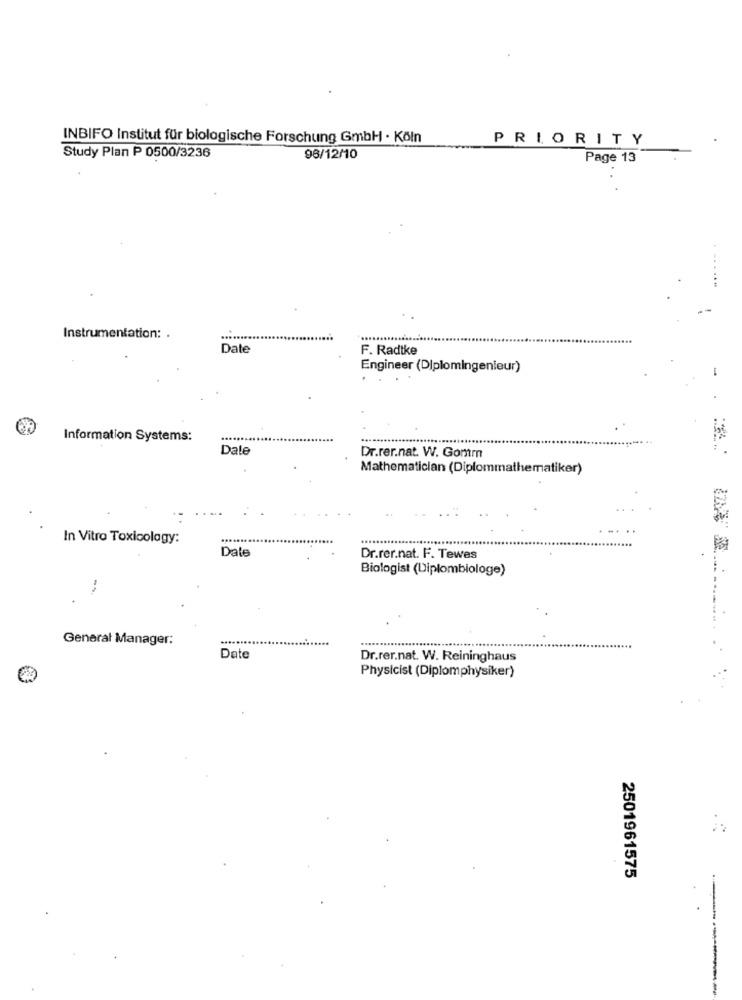
INBIFO Institut für biologische Forschung GmbH · Köln
PRIORITY
Study Plan P 0500/3236
96/12/10
Page 13
Instrumentation: .
Date
F. Radtke
Engineer (Diplomingenieur)
-
Information Systems:
Dale
Dr.rer.nat. W. Gomm
Mathematician (Diplommathematiker)
In Vitro Toxicology:
Dale
Dr.rer.nat. F. Tewes
Biologist (Diplombiologe)
--
General Manager:
.....
Date
Dr.rer.nat. W. Reininghaus
Physicist (Diplomphysiker)
2501961575